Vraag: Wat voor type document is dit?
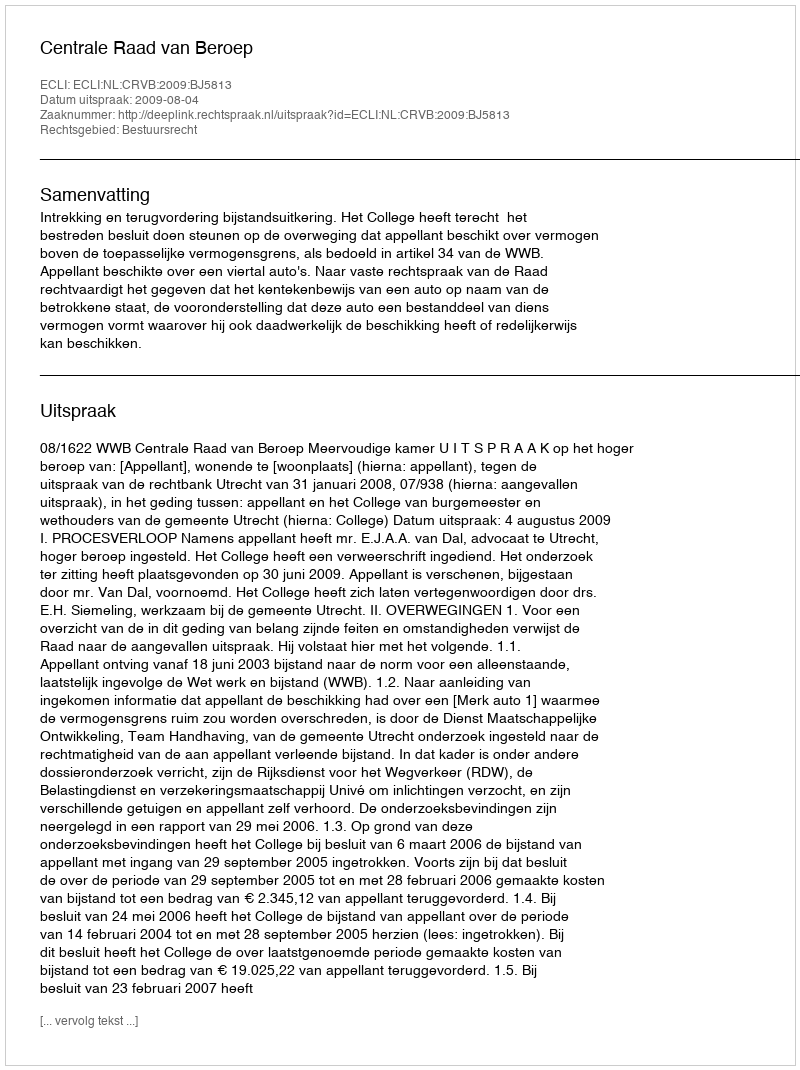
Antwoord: Uitspraak